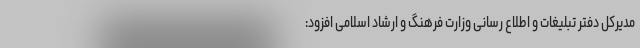
مدیرکل دفتر تبلیغات و اطلاع رسانی وزارت فرهنگ و ارشاد اسلامی افزود: